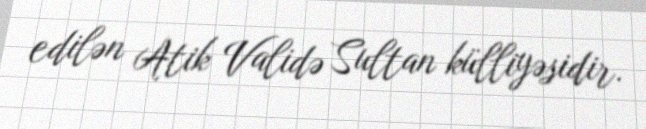
edilən Atik Validə Sultan külliyəsidir.